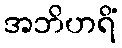
အဘိဟရိံ